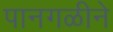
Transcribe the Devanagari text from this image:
पानगळीने